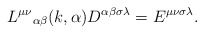
\begin{align*}{L^{\mu\nu}}_{\alpha\beta} (k, \alpha) D^{\alpha\beta\sigma\lambda} = E^{\mu\nu\sigma\lambda}. \end{align*}